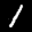
Label: 1